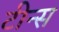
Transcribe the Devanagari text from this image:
टीन्स